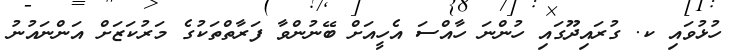
ހުޅުވައި ކ. ގުރައިދޫގައި ހުންނަ ހާއްސަ އެހީއަށް ބޭނުންވާ ފަރާތްތަކުގެ މަރުކަޒަށް އަންނައުނު